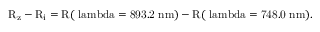
\mathrm { R _ { z } - R _ { i } = R ( \ l a m b d a = 8 9 3 . 2 ~ n m ) - R ( \ l a m b d a = 7 4 8 . 0 ~ n m ) } .